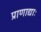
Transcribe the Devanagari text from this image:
प्राणाद्याः